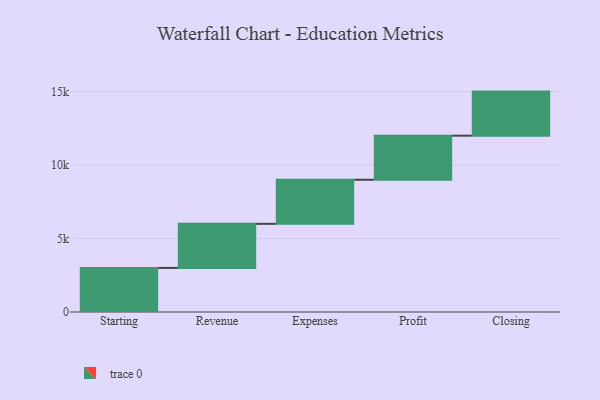
{"axis": {"x": "Step", "y": "Value"}, "legend": [""], "data": [{"x": "Starting", "y": 3000, "type": ""}, {"x": "Revenue", "y": 3000, "type": ""}, {"x": "Expenses", "y": 3000, "type": ""}, {"x": "Profit", "y": 3000, "type": ""}, {"x": "Closing", "y": 3000, "type": ""}]}